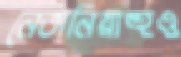
নেতানিয়াহুও